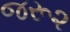
જરૂ૨